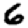
Digit: 6